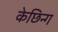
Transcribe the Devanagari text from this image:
केछिन्ग